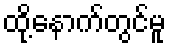
ထို့နောက်တွင်မူ